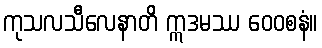
ကုသလသီလေနာတိ ဣဒမဿ ဝေဝစနံ။